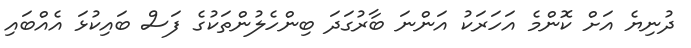
ދުނިޔެ އަށް ކޮންމެ އަހަރަކު އަންނަ ބާރުގަދަ ބިންހެލުންތަކުގެ ފަސް ބައިކުޅަ އެއްބައި